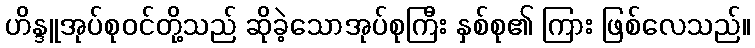
ဟိန္ဒူအုပ်စုဝင်တို့သည် ဆိုခဲ့သောအုပ်စုကြီး နှစ်စု၏ ကြား ဖြစ်လေသည်။